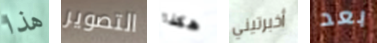
هذا التصوير هكذا أخبرتيني بعد